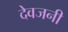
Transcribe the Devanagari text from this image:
देवजनी